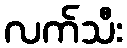
လက်သီး